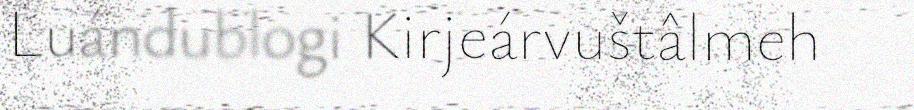
Luándublogi Kirjeárvuštâlmeh